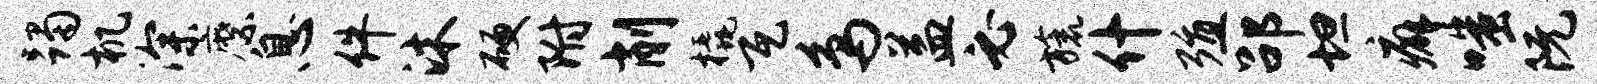
躅机深縻息件沐硬附削橇瓦鸟益必旒什殖劭坦癖嗤阮